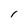
Character: I